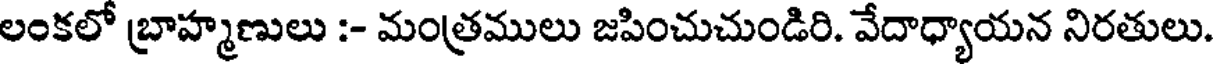
లంకలో బ్రాహ్మణులు :- మంత్రములు జపించుచుండిరి. వేదాధ్యాయన నిరతులు.